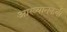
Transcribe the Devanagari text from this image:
आख्यानकवी